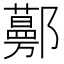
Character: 𨟔